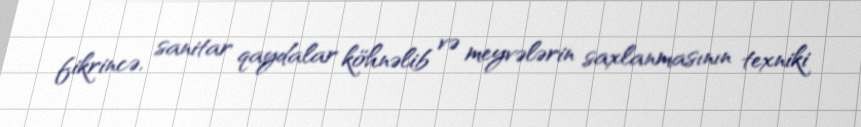
fikrincə, sanitar qaydalar köhnəlib və meyvələrin saxlanmasının texniki